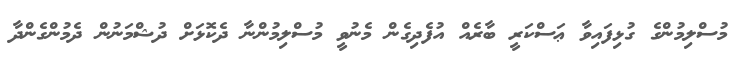
މުސްލިމުންގެ ގުޅިފައިވާ ޢަސްކަރީ ބާރެއް އުފެދިގެން މެނުވީ މުސްލިމުންނާ ދެކޮޅަށް ދުޝްމަނުން ދެމުންގެންދާ